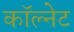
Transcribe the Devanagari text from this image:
कॉल्नेट